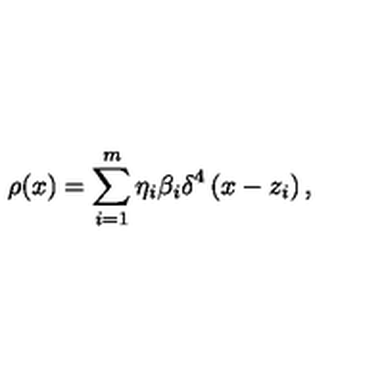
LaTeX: \rho ( x ) = \sum _ { i = 1 } ^ { m } \eta _ { i } \beta _ { i } \delta ^ { 4 } \left( x - z _ { i } \right) ,